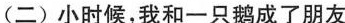
(二)小时候，我和一只鹅成了朋友